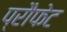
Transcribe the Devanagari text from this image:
प्रौफेट